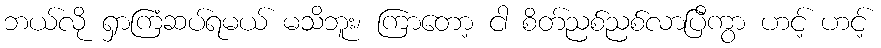
ဘယ်လို ရှာကြံဆပ်ရမယ် မသိဘူး၊ ကြာတော့ ငါ စိတ်ညစ်ညစ်လာပြီကွာ ဟင့် ဟင့်